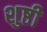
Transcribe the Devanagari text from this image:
शुष्ठी